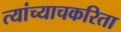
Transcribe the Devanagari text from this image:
त्यांच्याचकरिता